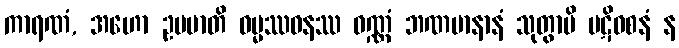
ကာရဏံ, အဟော ဥပမာတိ ဓမ္မဿဝနဿ ဝဏ္ဏံ ဘဏမာနာနံ သုတွာပိ ပဋိဝစနံ န